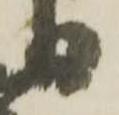
日